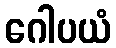
ဂေါပယံ